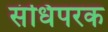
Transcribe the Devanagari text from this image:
संधिपरक